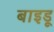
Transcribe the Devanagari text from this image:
बाइडू